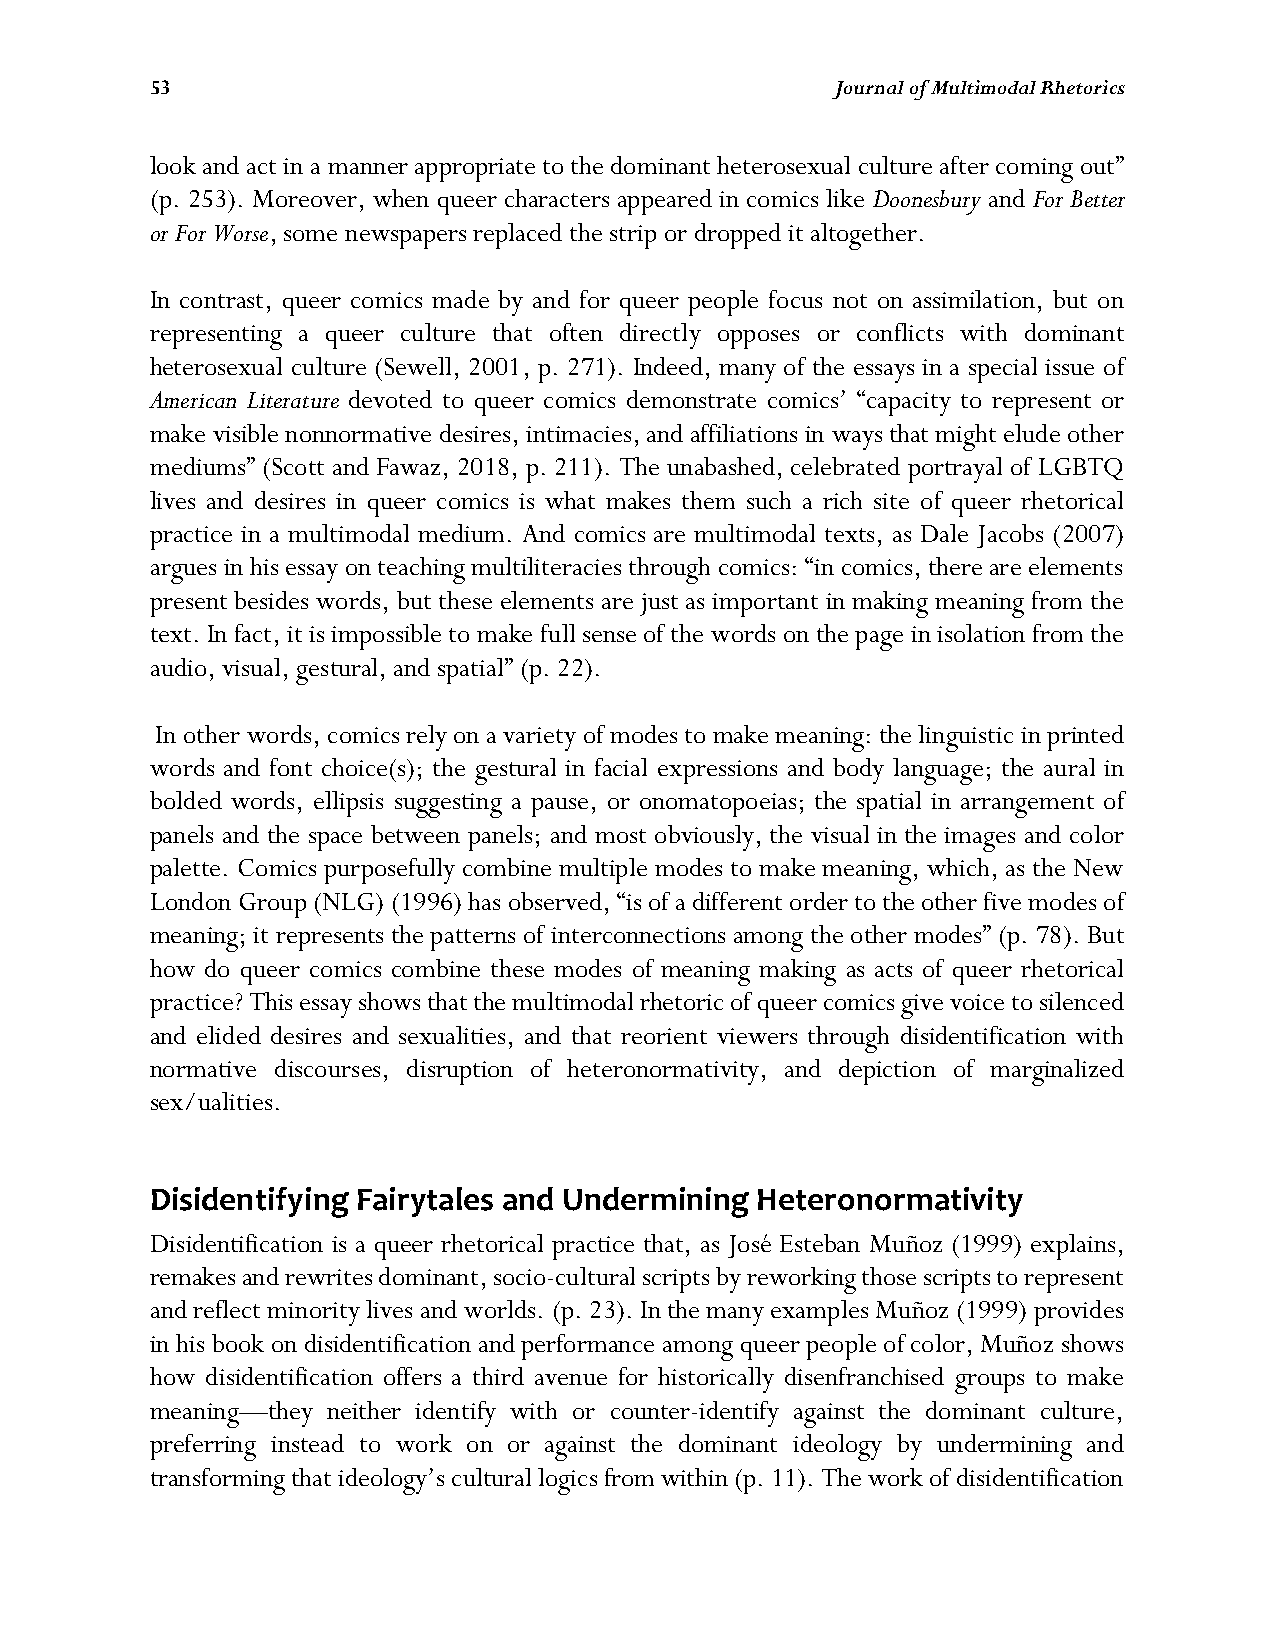
53                                           Journal of Multimodal Rhetorics
 look and act in a manner appropriate to the dominant heterosexual culture after coming out”
 (p. 253). Moreover, when queer characters appeared in comics like Doonesbury and For Better
 or For Worse, some newspapers replaced the strip or dropped it altogether.
 In contrast, queer comics made by and for queer people focus not on assimilation, but on
 representing a queer culture that often directly opposes or conflicts with dominant
 heterosexual culture (Sewell, 2001, p. 271). Indeed, many of the essays in a special issue of
 American Literature devoted to queer comics demonstrate comics’ “capacity to represent or
 make visible nonnormative desires, intimacies, and affiliations in ways that might elude other
 mediums” (Scott and Fawaz, 2018, p. 211). The unabashed, celebrated portrayal of LGBTQ
 lives and desires in queer comics is what makes them such a rich site of queer rhetorical
 practice in a multimodal medium. And comics are multimodal texts, as Dale Jacobs (2007)
 argues in his essay on teaching multiliteracies through comics: “in comics, there are elements
 present besides words, but these elements are just as important in making meaning from the
 text. In fact, it is impossible to make full sense of the words on the page in isolation from the
 audio, visual, gestural, and spatial” (p. 22).
 In other words, comics rely on a variety of modes to make meaning: the linguistic in printed
 words and font choice(s); the gestural in facial expressions and body language; the aural in
 bolded words, ellipsis suggesting a pause, or onomatopoeias; the spatial in arrangement of
 panels and the space between panels; and most obviously, the visual in the images and color
 palette. Comics purposefully combine multiple modes to make meaning, which, as the New
 London Group (NLG) (1996) has observed, “is of a different order to the other five modes of
 meaning; it represents the patterns of interconnections among the other modes” (p. 78). But
 how do queer comics combine these modes of meaning making as acts of queer rhetorical
 practice? This essay shows that the multimodal rhetoric of queer comics give voice to silenced
 and elided desires and sexualities, and that reorient viewers through disidentification with
 normative discourses, disruption of heteronormativity, and depiction of marginalized
 sex/ualities.
 Disidentifying Fairytales and Undermining Heteronormativity
 Disidentification is a queer rhetorical practice that, as José Esteban Muñoz (1999) explains,
 remakes and rewrites dominant, socio-cultural scripts by reworking those scripts to represent
 and reflect minority lives and worlds. (p. 23). In the many examples Muñoz (1999) provides
 in his book on disidentification and performance among queer people of color, Muñoz shows
 how disidentification offers a third avenue for historically disenfranchised groups to make
 meaning—they neither identify with or counter-identify against the dominant culture,
 preferring instead to work on or against the dominant ideology by undermining and
 transforming that ideology’s cultural logics from within (p. 11). The work of disidentification